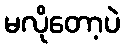
မလိုတော့ပဲ